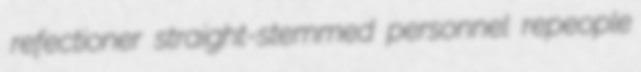
refectioner straight-stemmed personnel repeople